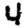
Digit: 4